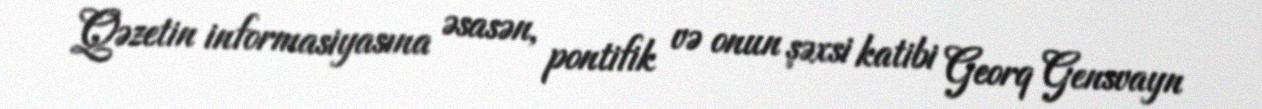
Qəzetin informasiyasına əsasən, pontifik və onun şəxsi katibi Georq Gensvayn